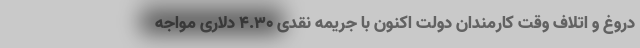
دروغ و اتلاف وقت کارمندان دولت اکنون با جریمه نقدی ۴.۳۰ دلاری مواجه